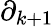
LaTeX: \partial_{k+1}